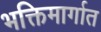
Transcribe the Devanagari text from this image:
भक्तिमार्गात